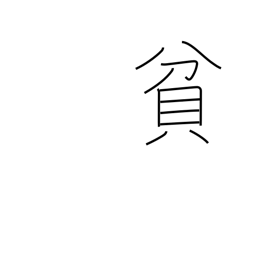
Meaning: poor